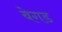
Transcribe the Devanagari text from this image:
बेगड